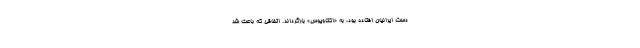
دست ایرانیان افتاده بود، به «اکتاویوس» بازگرداند. اتفاقی که باعث شد